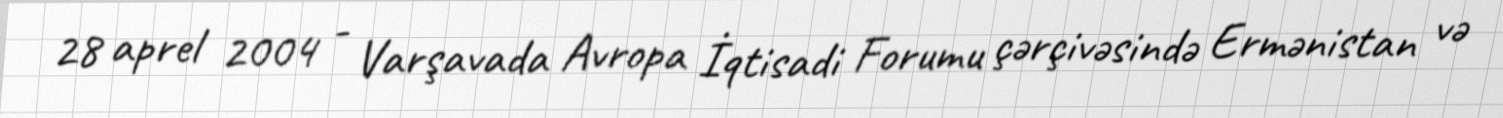
28 aprel 2004 - Varşavada Avropa İqtisadi Forumu çərçivəsində Ermənistan və